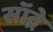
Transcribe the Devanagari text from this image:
सॉद्रे